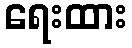
ရေးထား